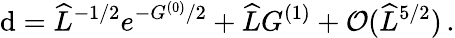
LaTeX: \mathrm{d}=\widehat{L}^{-1/2}e^{-G^{(0)}/2}+\widehat{L}G^{(1)}+{\cal O}(\widehat{L}^{5/2})\, .